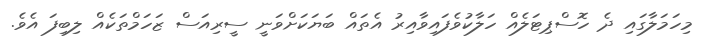
މިހަމަލާގައި ދެ ހޮސްޕިޓަލެއް ހަލާކުވެފައިވާއިރު އެތައް ބަޔަކަށްވަނީ ސީރިއަސް ޒަހަމްތަކެއް ލިބިފަ އެވެ.